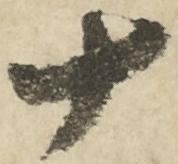
十